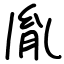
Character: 胤